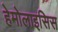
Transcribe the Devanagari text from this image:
हेमोलाइसिस